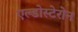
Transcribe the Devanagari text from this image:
एल्डोस्टेरोन